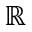
\mathbb { R }